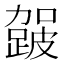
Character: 𮜈